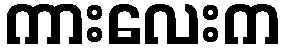
ကားလေးက